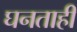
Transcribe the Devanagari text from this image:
घनताही